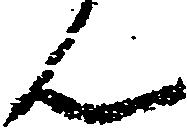
ん